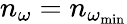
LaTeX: n_{\omega}=n_{\omega_{\mathrm{min}}}